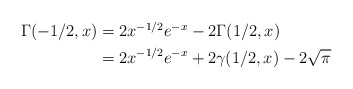
\begin{align*}\begin{aligned}\Gamma(-1/2,x)&=2x^{-1/2}e^{-x}-2\Gamma(1/2,x)\\&=2x^{-1/2}e^{-x}+2\gamma(1/2,x)-2\sqrt\pi\end{aligned}\end{align*}